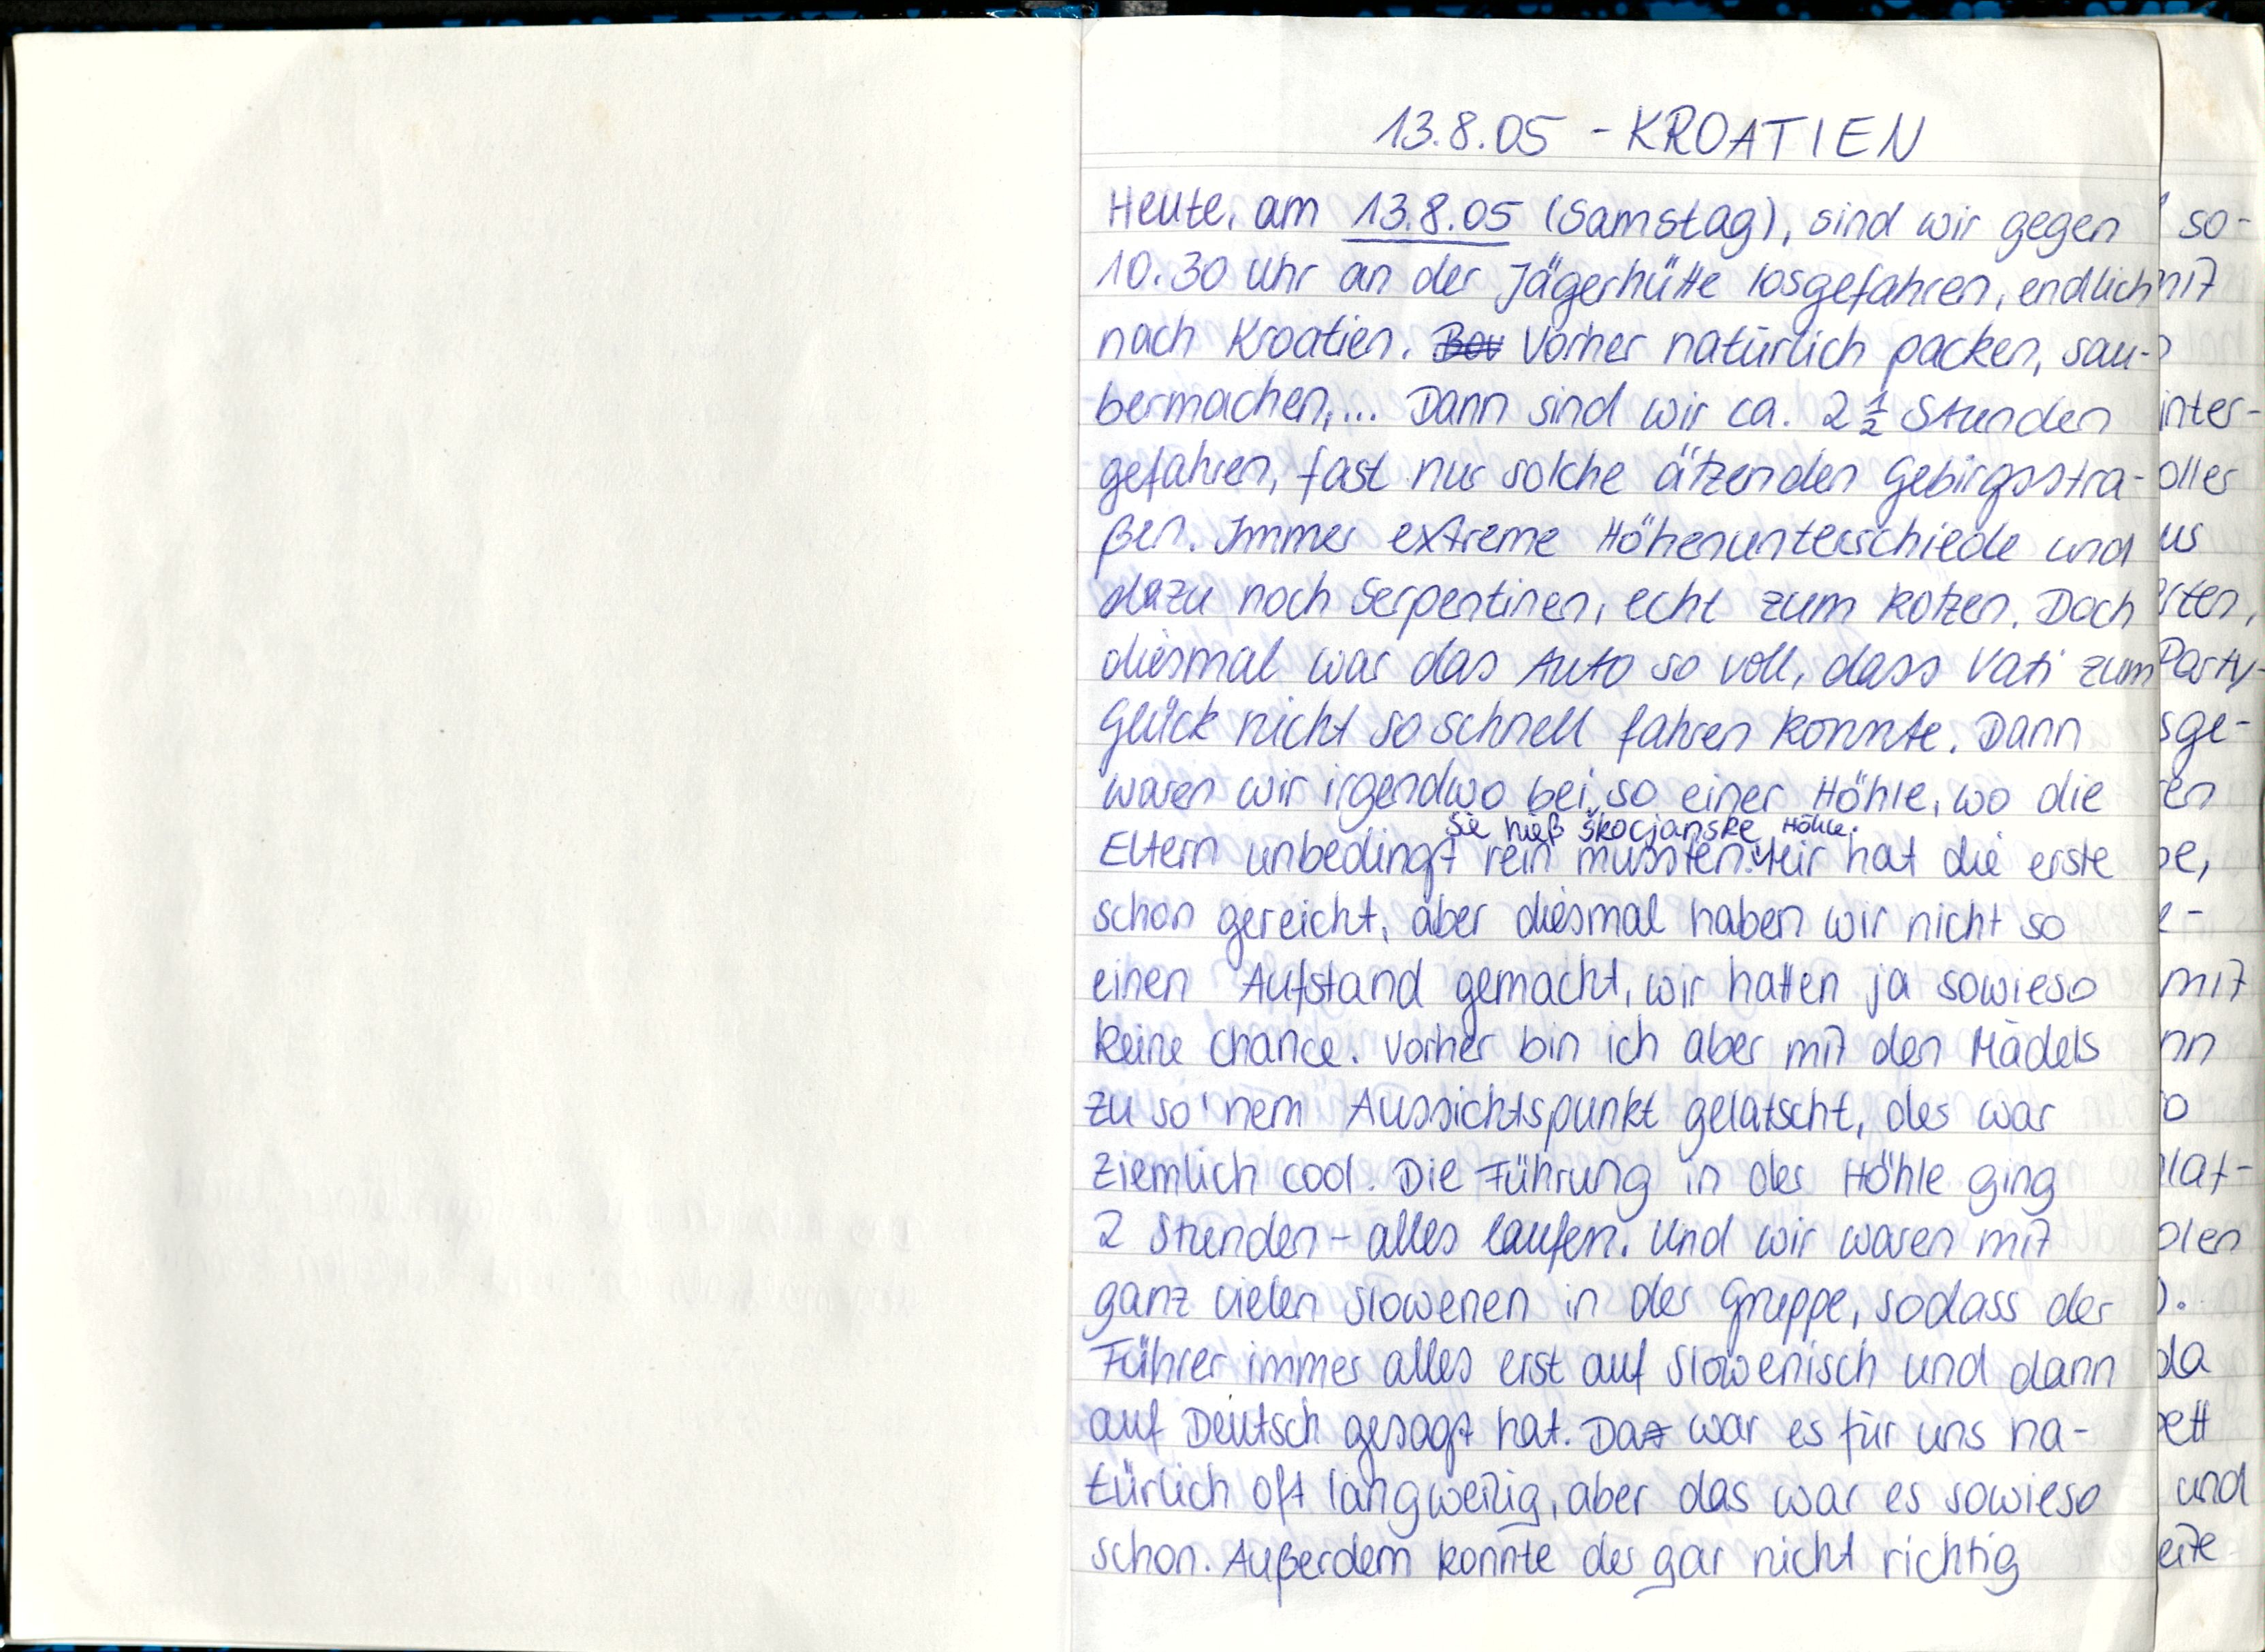
13.8.05
KROATIEN
Heute, am 13.8.05 (Samstag), sind wir gegen
10.30 Uhr an der Jägerhütte losgefahren, endlich
nach Kroatien. Vorher natürlich packen, sau-
bermachen,... Dann sind wir ca. 2½ Stunden
gefahren, fast nur solche ätzenden Gebirsstra-
ßen. Immer extreme Höhenunterschiede und
dazu noch Serpentinen, echt zum kotzen. Doch
diesmal war das Auto so voll, dass Vati zum
Glück nicht so schnell fahren konnte. Dann
waren wir irgendwo bei so einer Höhle, wo die
Sie hieß Škocjanske Höhle.
Eltern unbedingt rein mussten. Mir hat die erste
schon gereicht, aber diesmal haben wir nicht so
einen Aufstand gemacht, wir hatten ja sowieso
keine Chance. Vorher bin ich aber mit den Mädels
zu so' nem Aussichtspunkt gelatscht, der war
ziemlich cool. Die Führung in der Höhle ging
2 Stunden - alles laufen. Und wir waren mit
ganz vielen Slowenen in der Gruppe, sodass der
Führer immer alles erst auf Slowenisch und dann
auf Deutsch gesagt hat. Da war es für uns na-
türlich oft langweilig, aber das war es sowieso
schon. Außerdem konnte der gar nicht richtig